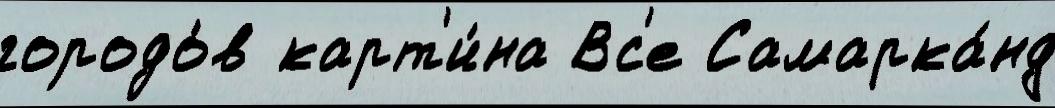
городо́в карт'и́на Вс'е Самарка́нд